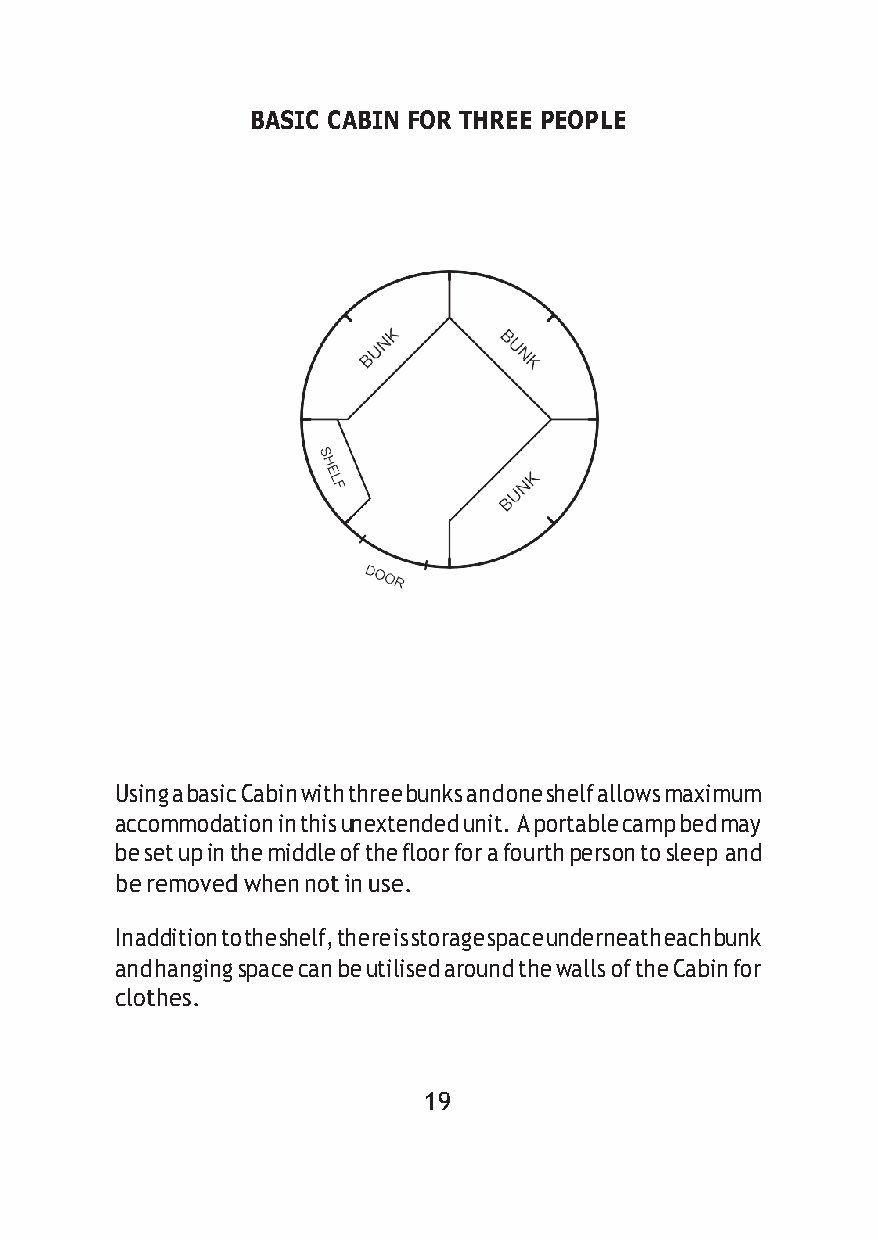
BASIC CABIN FOR THREE PEOPLE
 Using a basic Cabin with three bunks and one shelf allows maximum
 accommodation in this unextended unit. A portable camp bed may
 be set up in the middle of the floor for a fourth person to sleep and
 be removed when not in use.
 In addition to the shelf, there is storage space underneath each bunk
 and hanging space can be utilised around the walls of the Cabin for
 clothes.
 19